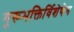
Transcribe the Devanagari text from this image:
गुरूभक्तिर्विशेषेण